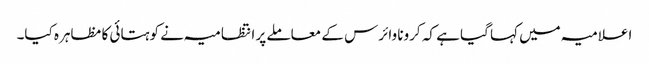
اعلامیہ میں کہا گیا ہے کہ کرونا وائرس کے معاملے پر انتظامیہ نے کوہتائی کا مظاہرہ کیا۔